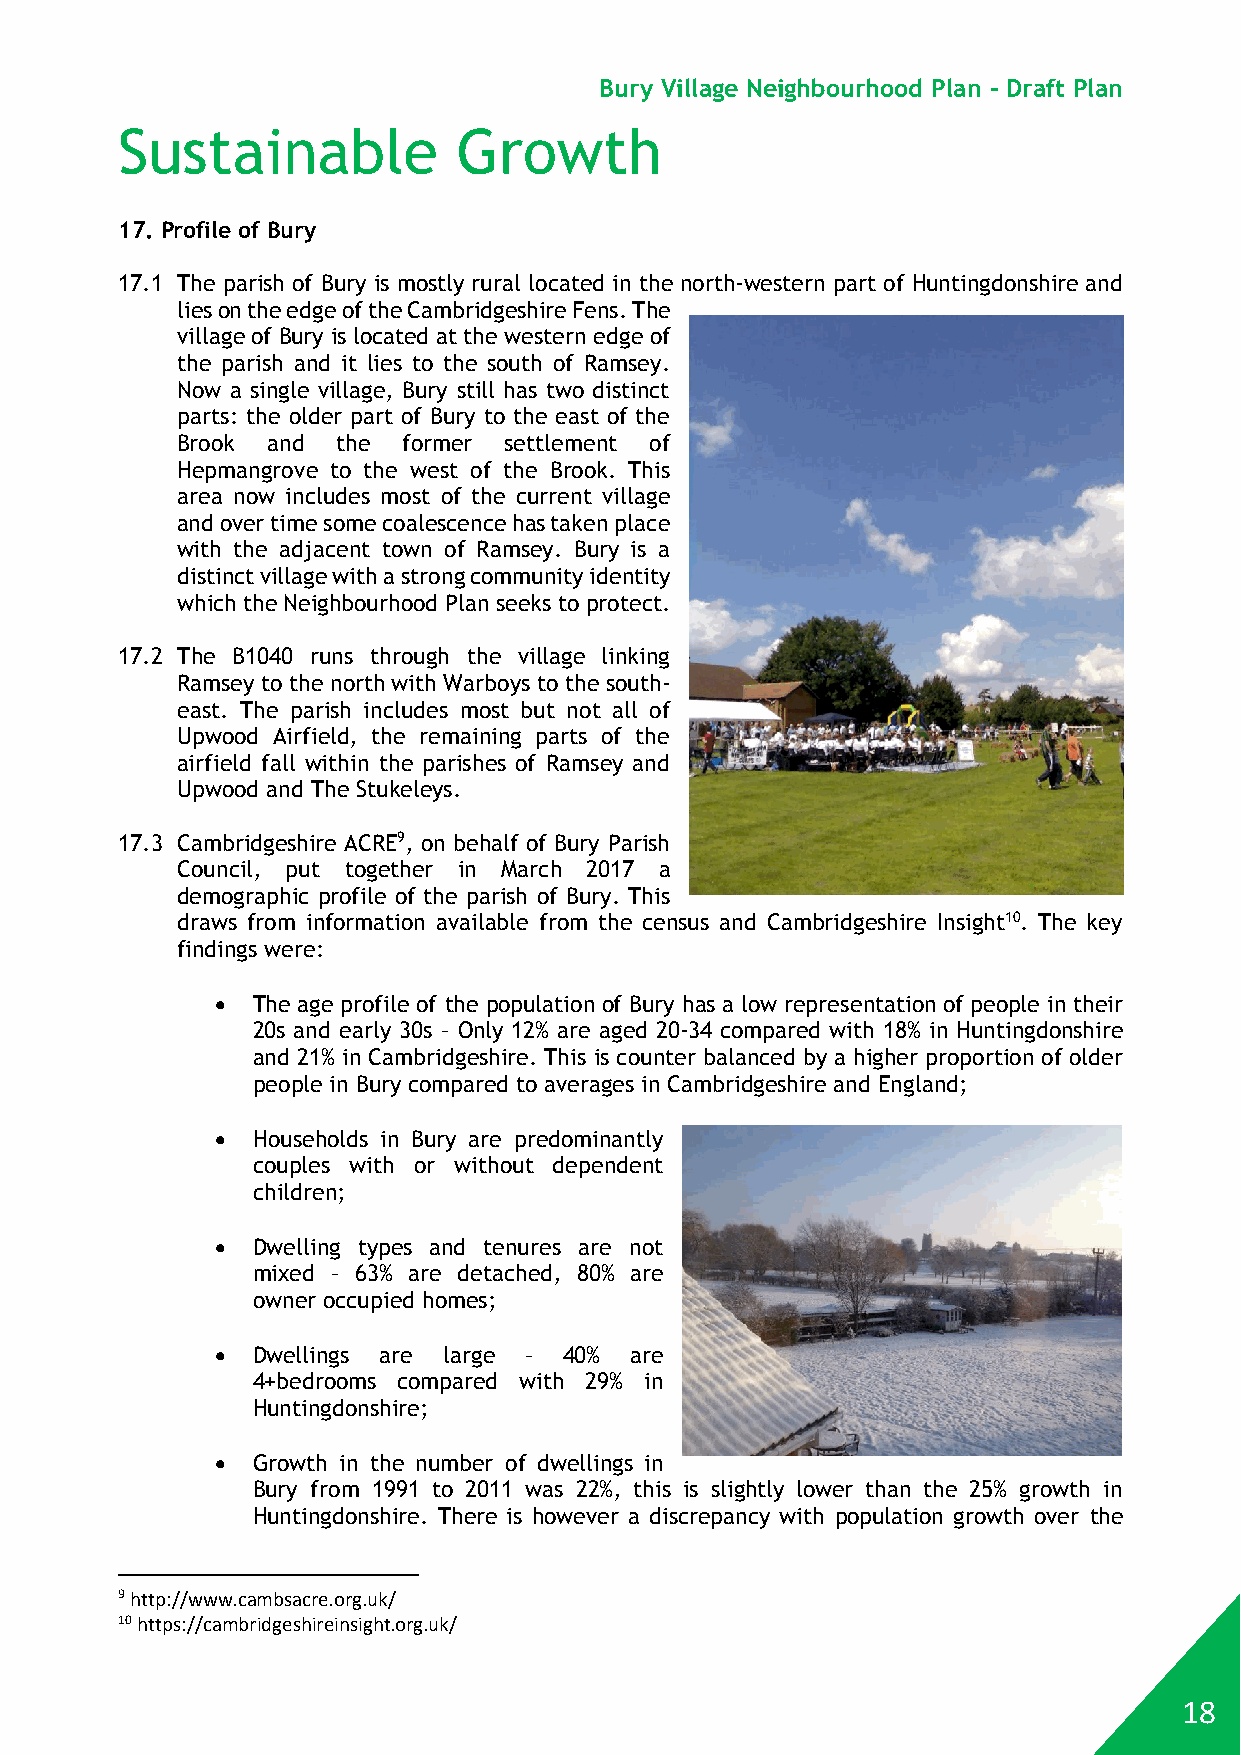
Bury Village Neighbourhood Plan - Draft Plan
 Sustainable           Growth
 17. Profile of Bury
 17.1 The parish of Bury is mostly rural located in the north-western part of Huntingdonshire and
 lies on the edge of the Cambridgeshire Fens. The
 village of Bury is located at the western edge of
 the parish and it lies to the south of Ramsey.
 Now a single village, Bury still has two distinct
 parts: the older part of Bury to the east of the
 Brook and the  former settlement of
 Hepmangrove to the west of the Brook. This
 area now includes most of the current village
 and over time some coalescence has taken place
 with the adjacent town of Ramsey. Bury is a
 distinct village with a strong community identity
 which the Neighbourhood Plan seeks to protect.
 17.2 The B1040 runs through the village linking
 Ramsey to the north with Warboys to the south-
 east. The parish includes most but not all of
 Upwood Airfield, the remaining parts of the
 airfield fall within the parishes of Ramsey and
 Upwood and The Stukeleys.
 17.3 Cambridgeshire ACRE9, on behalf of Bury Parish
 Council, put together in March 2017 a
 demographic profile of the parish of Bury. This
 draws from information available from the census and Cambridgeshire Insight10. The key
 findings were:
   The age profile of the population of Bury has a low representation of people in their
 20s and early 30s – Only 12% are aged 20-34 compared with 18% in Huntingdonshire
 and 21% in Cambridgeshire. This is counter balanced by a higher proportion of older
 people in Bury compared to averages in Cambridgeshire and England;
   Households in Bury are predominantly
 couples with or without dependent
 children;
   Dwelling types and tenures are not
 mixed – 63% are detached, 80% are
 owner occupied homes;
   Dwellings are large – 40% are
 4+bedrooms compared with 29% in
 Huntingdonshire;
   Growth in the number of dwellings in
 Bury from 1991 to 2011 was 22%, this is slightly lower than the 25% growth in
 Huntingdonshire. There is however a discrepancy with population growth over the
 9 http://www.cambsacre.org.uk/
 10 https://cambridgeshireinsight.org.uk/
 18